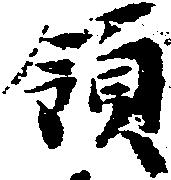
領